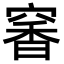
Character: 𥧎